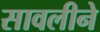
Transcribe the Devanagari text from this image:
सावलीने